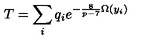
T = \sum _ { i } q _ { i } e ^ { - \frac { 8 } { p - 7 } \Omega ( y _ { i } ) }